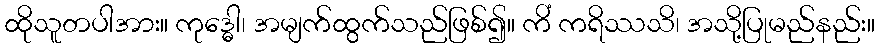
ထိုသူတပါအား။ ကုဒ္ဓေါ၊ အမျက်ထွက်သည်ဖြစ်၍။ ကိံ ကရိဿသိ၊ အသို့ပြုမည်နည်း။